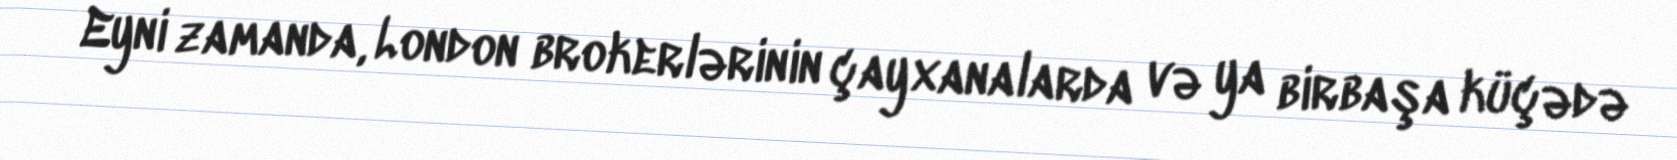
Eyni zamanda, London brokerlərinin çayxanalarda və ya birbaşa küçədə